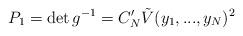
\begin{align*}P_1 = \det g^{-1} = C^\prime_N \tilde{V} (y_1,...,y_N)^2\end{align*}